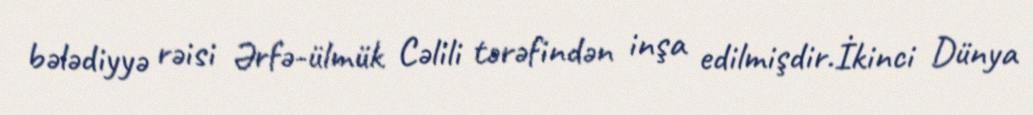
bələdiyyə rəisi Ərfə-ülmük Cəlili tərəfindən inşa edilmişdir.İkinci Dünya